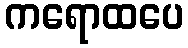
ကရောထပေ